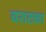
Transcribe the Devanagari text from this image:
वराटका